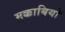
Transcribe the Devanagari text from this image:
मक्काबियों